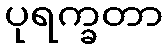
ပုရက္ခတာ